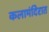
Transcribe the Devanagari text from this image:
कलामंदिरात